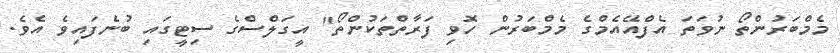
މެމްބަރުންތޯ ނުވަތަ އެފްއޭއެމްގެ މެމްބަރުން ހޮވި ފަރާތްތަކުންތޯ" އީގަލްސްގެ ސިޓީގައި ބުނެފައިވެ އެވެ.